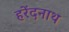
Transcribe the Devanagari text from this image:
हरेंदनाथ